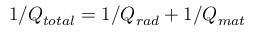
1 / Q _ { t o t a l } = 1 / Q _ { r a d } + 1 / Q _ { m a t }